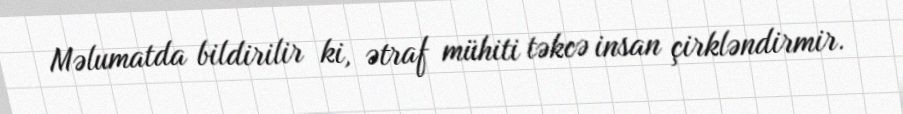
Məlumatda bildirilir ki, ətraf mühiti təkcə insan çirkləndirmir.